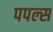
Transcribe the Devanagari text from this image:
पपल्स